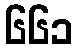
၆၆၁